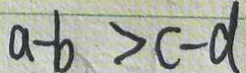
a - b > c - d